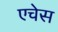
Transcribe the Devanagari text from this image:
एचेस